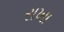
રાખા